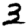
Digit: 3